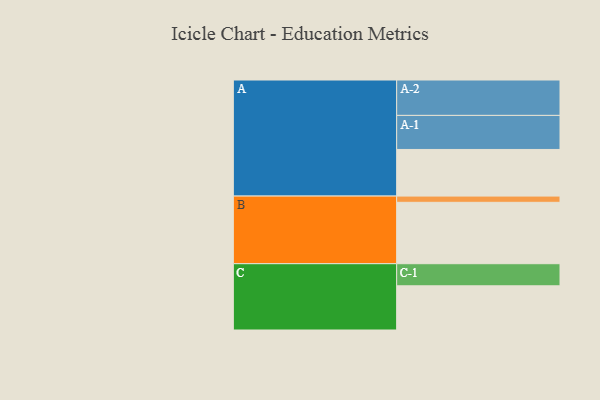
{"axis": {"x": "Segment", "y": "Value"}, "legend": ["", "A", "B", "C"], "data": [{"x": "A", "y": 382, "type": ""}, {"x": "B", "y": 503, "type": ""}, {"x": "C", "y": 362, "type": ""}, {"x": "A-1", "y": 279, "type": "A"}, {"x": "A-2", "y": 290, "type": "A"}, {"x": "B-1", "y": 51, "type": "B"}, {"x": "C-1", "y": 181, "type": "C"}]}